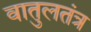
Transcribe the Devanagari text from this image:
वातुलतंत्र